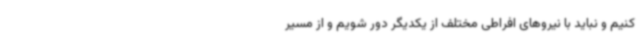
کنیم و نباید با نیروهای افراطی مختلف از یکدیگر دور شویم و از مسیر